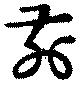
前